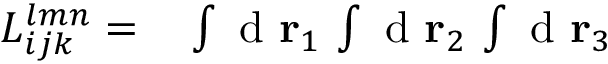
\begin{array} { r l } { L _ { i j k } ^ { l m n } = } & { { } \int \mathrm { ~ d ~ } { \mathbf { r } _ { 1 } } \, \int \mathrm { ~ d ~ } { \mathbf { r } _ { 2 } } \, \int \mathrm { ~ d ~ } { \mathbf { r } _ { 3 } } } \end{array}